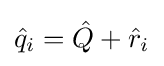
{\hat {q}}_{i}={\hat {Q}}+{\hat {r}}_{i}